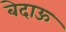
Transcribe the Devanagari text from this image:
बेदाऊ